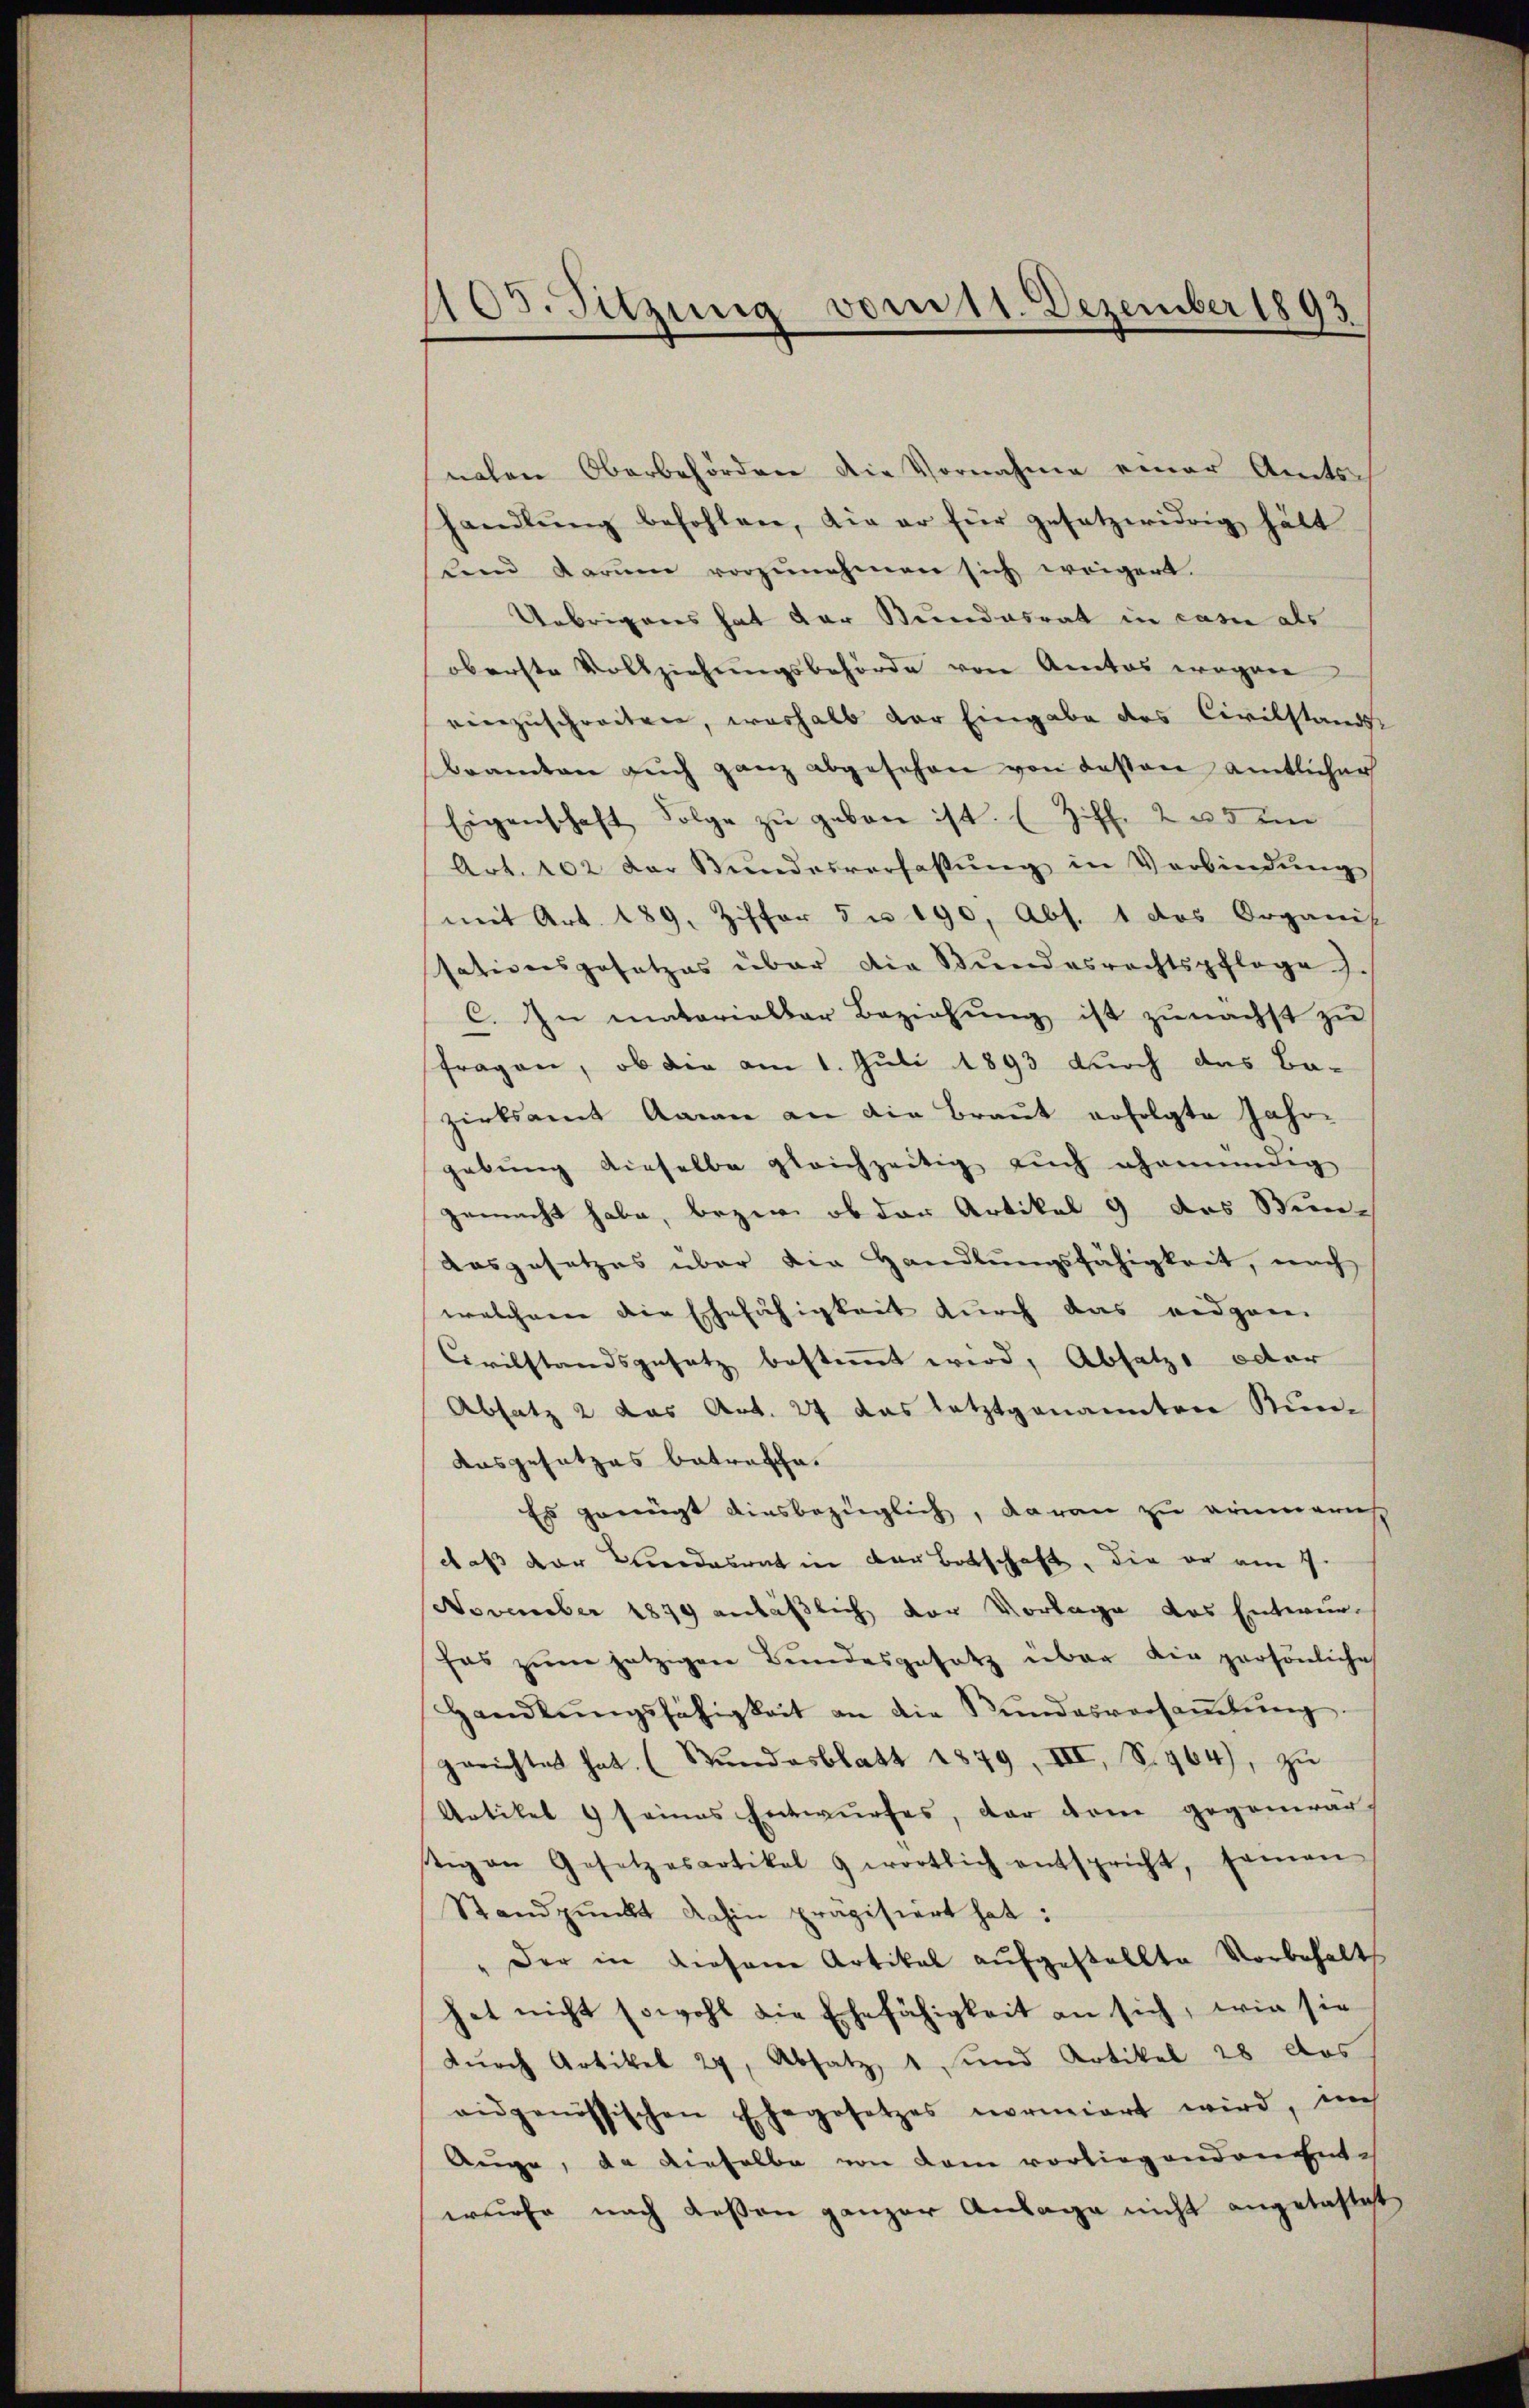
1105. Sitzung vom 11. Dezember 1893

nahen Oberbehörden die Vornahme einer Amtsch
handlŭng befohlen, die er für gesetzwidrig hätt
end darŭm vorzŭnehmen sich weigert.
Uebrigenes hat der Stundesrat in casi als
oberste Vollziehungsbehörde von Amtes wegen
einzuschreiten, weshalb der Eingabe des Civilstands
Bramten aŭch ganz abgesehen von dessen amtlicher
Eigenschaft Folge zŭ geben ist. (Ziff. 2 u. ein
Art. 202 der Bŭndesverfassŭng in Verbindŭng
mit Art. 189, Ziffer 5 n 190, Abs. 1 des Organis
sationsgesetzes über die Bundesrechtspflege
C. In matorialber Beziehung ist zunächst zu
fragen, ob die am 1. Juli 1893 durch das Bazirksamt Aman an die Braut erfolgte Jahrgebung dieselbe gleichzeitig auch ehemündig
gemacht habe, bezir ob der Artikel 9 das Stun-
Ausgesetzes über die Handlŭngsfähigkeit, nach
welchem die Ehefähigkeit durch das eidgen
Covilstandsgesetz bestimmt wird, Absatze oder
Absatz 2 das Art. 27 das letztgenannten Kun-
Ausgesetzes betreffe.
Es gerügt diesbezüglich, daran zu erinnerich
daß der Kleidesrat in der Botschaft, die er am 9.
November 1879 anläßlich der Vorlage das Enterunhas zŭm jetzigen Bundesgesetz über die persönliche
handlŭngsfähigkeit an die Sŭndesversaṁlŭng.
gerichtet hat. (Stŭndesblatt 1879, VII, S. 464), zu
Artikel 1 seines Entwurfes, der dann gegenwar
stig an Gesetzesartikel 9 wortlich entspricht, saman
Standpŭnkt dahin präzisiert hat:
" der in diesem Artikal aufgestellte Vorbehalt
hat nicht sowohl die Ehefähigkeit an sich, wie sie
durch Artikel 27, Absatz 1 und Artikel 28 des
eidgenössischen Ehegesetzes normiert wird, ich
Auge, da dieselbe von dem vorliegendenente
wurfe nach Lesen ganzer Anlage nicht angelastet